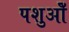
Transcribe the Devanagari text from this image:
पशुओँ